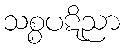
သစ္စပဋိညာ